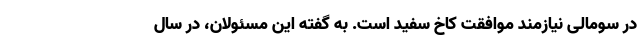
در سومالی نیازمند موافقت کاخ سفید است. به گفته این مسئولان، در سال